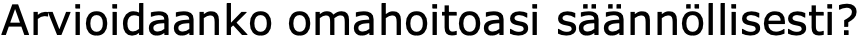
Arvioidaanko omahoitoasi säännöllisesti?